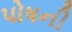
પોષની